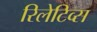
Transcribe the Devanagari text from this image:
रिलेटिव्स